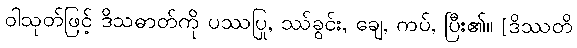
ဝါသုတ်ဖြင့် ဒိသဓာတ်ကို ပဿပြု, ဿ်ခွင်း, ချေ, ကပ်, ပြီး၏။ [ဒိဿတိ